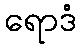
ရောဒံ